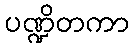
ပဏ္ဍိတကာ